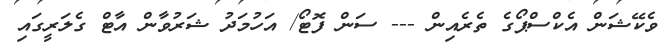
ވެކޭޝަން އެކްސްޕޯގެ ތެރެއިން --- ސަން ފޮޓޯ/ އަހުމަދު ޝަރުވާން އާޓް ގެލަރީގައި